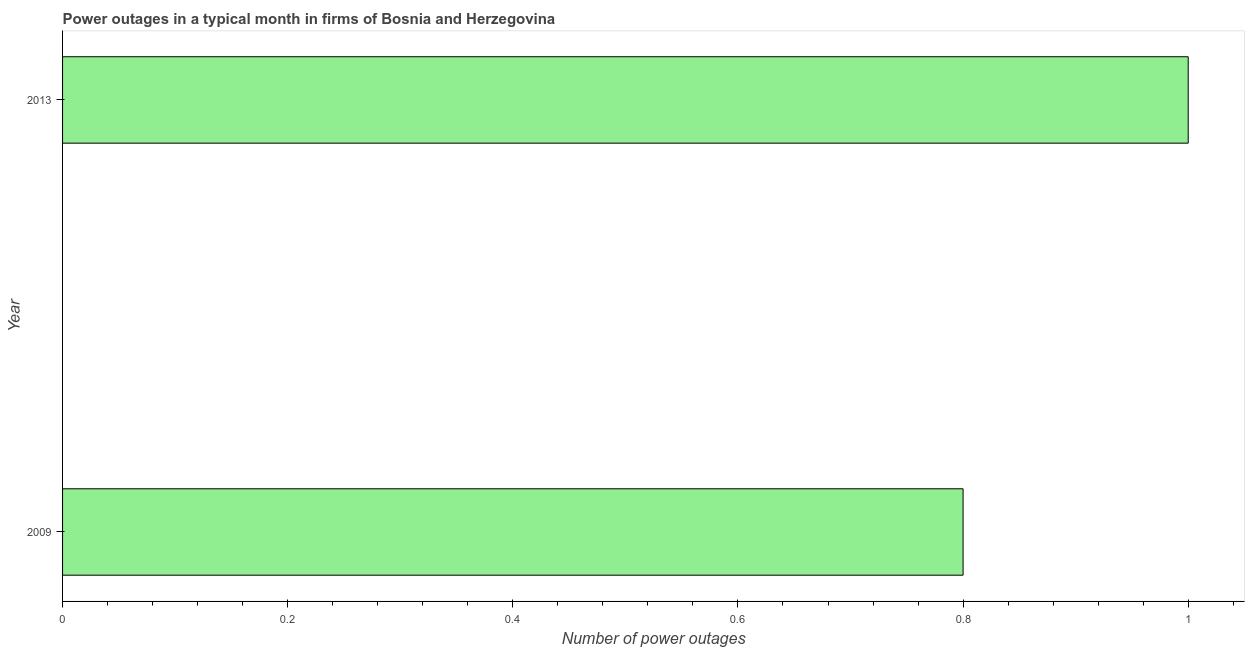
| Year | Power outages |
 | --- | --- |
 | 2009 | 0.8 |
 | 2013 | 1 |